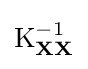
\operatorname {K} _{\mathbf {X} \mathbf {X} }^{-1}